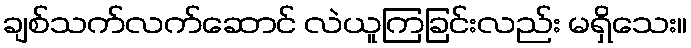
ချစ်သက်လက်ဆောင် လဲယူကြခြင်းလည်း မရှိသေး။